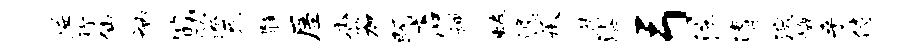
隘称仙衲筋睽死髓屋杳笳既店禅蜷逸承供漆弓注清滚悔乎侍